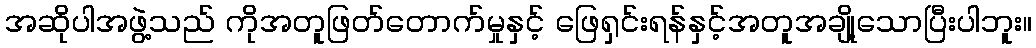
အဆိုပါအဖွဲ့သည် ကိုအတူဖြတ်တောက်မှုနှင့် ဖြေရှင်းရန်နှင့်အတူအချို့သောပြီးပါဘူး။